Civil Veterinary Department Bihar reports 1940-50 - 1940-1950
Year: 1940
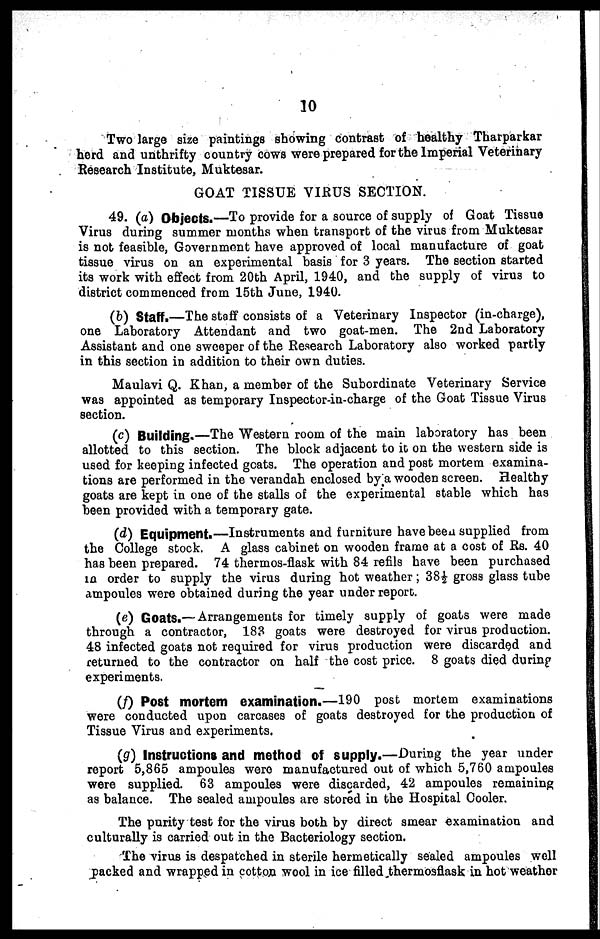
10
Two large size paintings showing contrast of healthy Tharparkar
herd and unthrifty country cows were prepared for the Imperial Veterinary
Research Institute, Muktesar.
GOAT TISSUE VIRUS SECTION.
49. (a) Objects.—To provide for a source of supply of Goat Tissue
Virus during summer months when transport of the virus from Muktesar
is not feasible, Government have approved of local manufacture of goat
tissue virus on an experimental basis for 3 years. The section started
its work with effect from 20th April, 1940, and the supply of viru3 to
district commenced from 15th June, 1940.
(b) Staff.—The staff consists of a Veterinary Inspector (in-charge),
one Laboratory Attendant and two goat-men. The 2nd Laboratory
Assistant and one sweeper of the Research Laboratory also worked partly
in this section in addition to their own duties.
Maulavi Q. Khan, a member of the Subordinate Veterinary Service
was appointed as temporary Inspector-in-charge of the Goat Tissue Virus
section.
(c) Building.—The Western room of the main laboratory has been
allotted to this section. The block adjacent to it on the western side is
used for keeping infected goats. The operation and post mortem examina-
tions are performed in the verandah enclosed by a wooden screen. Healthy
goats are kept in one of the stalls of the experimental stable which has
been provided with a temporary gate.
(d) Equipment.—Instruments and furniture have been supplied from
the College stock. A glass cabinet on wooden frame at a cost of Rs. 40
has been prepared. 74 thermos-flask with 84 refils have been purchased
in order to supply the virus during hot weather; 38½ gross glass tube
ampoules were obtained during the year under report.
(e) Goats.— Arrangements for timely supply of goats were made
through a contractor, 183 goats were destroyed for virus production.
48 infected goats not required for virus production were discarded and
returned to the contractor on half the cost price. 8 goats died during
experiments.
(f) Post mortem examination.—190 post mortem examinations
were conducted upon carcases of goats destroyed for the production of
Tissue Virus and experiments.
(g) Instructions and method of supply.—During the year under
report 5,865 ampoules were manufactured out of which 5,760 ampoules
were supplied. 63 ampoules were discarded, 42 ampoules remaining
as balance. The sealed ampoules are stored in the Hospital Cooler.
The purity test for the virus both by direct smear examination and
culturally is carried out in the Bacteriology section.
The virus is despatched in sterile hermetically sealed ampoules well
packed and wrapped in cotton wool in ice filled thermosflask in hot weather